Annual statistical returns and brief notes on vaccination in Bengal - 1896-1909
Year: 1896
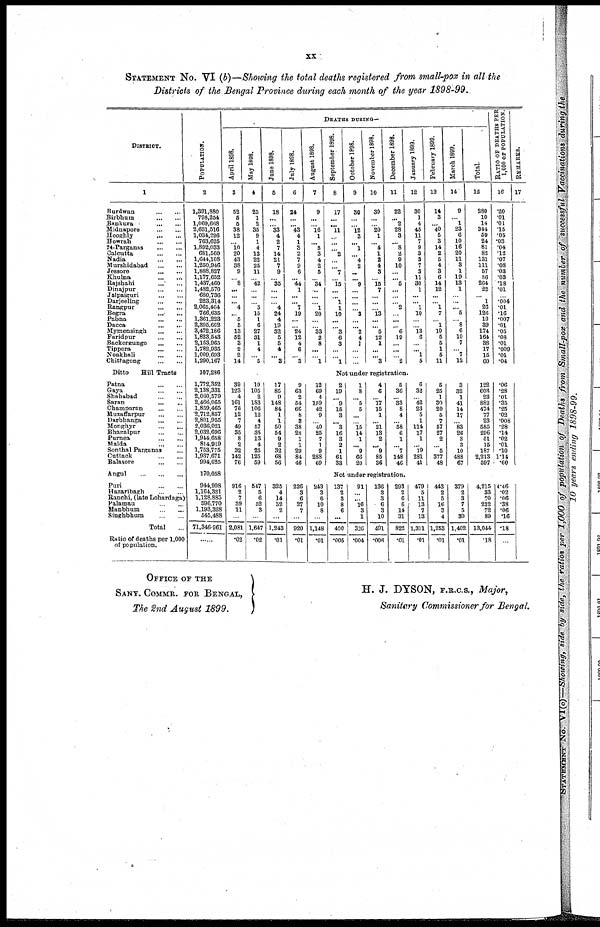
xx
STATEMENT No. VI (b)—Showing the total deaths registered from small-pox in all the
Districts of the Bengal Province during each month of the year 1898-99.
DISTRICT.
1
Burdwan
...
...
Birbhum
...
...
Bankura
...
...
Midnapore
...
...
Hooghly
...
...
Howrah
...
...
24-Parganas
...
...
Calcutta
...
...
Nadia
...
...
Murshidabad
...
...
Jessore
...
...
Khulna
...
...
Rajshahi
...
...
Dinajpur
...
...
Jalpaiguri
...
...
Darjeeling
...
...
Rangpur
...
...
Bogra
...
...
Pabna
...
...
Dacca
...
...
Mymensingh
...
...
Faridpur
...
...
Backergunge
...
...
Tippera
...
...
Noakhali
...
...
Chittagong
...
...
Ditto
Hill Tracts
Patna
...
...
Gaya ... ...
Shahabad
...
...
Saran
...
...
Champaran
...
...
Muzaffarpur
...
...
Darbhanga
...
...
Monghyr
...
...
Bhagalpur
...
...
Purnea
...
...
Malda
...
...
Sonthal Parganas ...
Cuttack
...
...
Balasore
...
...
Angul
...
...
...
Puri
...
...
Hazaribagh
...
...
Ranchi, (late Lohardaga)
Palamau
...
...
Manbhum
...
...
Singhbhum
...
...
Total ...
Ratio of deaths per 1,000
of population.
POPULATION.
2
1,391,880
798,254
1,069,668
2,631,516
1,034,296
763,625
1,892,033
681,560
1,644,108
1,250,946
1,888,827
1,177,652
1,437,460
1,482,570
680,736
223,314
2,065,464
766,635
1,361,223
2,395,602
3,472,186
1,823,543
2,153,965
1,782,935
1,009,693
1,290,167
107,286
1,772,352
2,138,331
2,060,579
2,466,065
1,859,465
2,712,857
2,801,955
2,036,021
2,032,696
1,944,658
814,919
1,753,775
1,937,671
994,625
170,058
944,998
1,164,321
1,128,885
596,770
1,193,328
545,488
71,346,961
......
DEATHS DURING—
April 1898.
3
52
5
5
38
12
...
10
20
43
38
9
...
8
...
...
... 4
... 5
5
13
52
3
2
2
14
May 1898.
4
25
1
2
35
9
1
4
13
22
25
11
...
42
...
...
...
5
15
1
6
27
31
1
4
...
5
June 1898.
5
18
...
...
33
4
2
7
14
21
7
9
...
35
...
...
...
4
24
4
19
32
5
5
4
...
3
July 1898.
6
24
...
...
43
4
1
3
2
7
9
6
...
44
1
...
...
7
19
...
...
24
12
4
6
...
3
August 1898.
7
9
...
...
16
1
... 5
3
4
2
5
...
34
...
...
...
1
20
...
...
33
2
8
...
...
1
September 1898.
8
17
...
...
11
...
...
...
2
...
...
7
...
15
...
...
1
1
10
...
...
3
6
3
...
...
1
October 1898.
9
30
...
...
12
3
...
1
...
4
2
...
...
9
...
...
...
...
3
...
...
2
4
1
...
...
...
November 1898.
10
30
...
...
20 1
...
4
1
2
4
3
...
15
7
...
...
...
13
...
... 5
12
1
...
... 3
December 1898.
11
22
...
2
28
3
...
8
2
9
10
...
...
5
...
...
...
2
...
...
...
6
19
...
...
...
2
January 1899.
12
30
1
4
45
11
7
9
3
3
7
3
11
30
1
...
... 1
10
...
...
13 6
...
... 1
5
February 1899.
13
14
3
... 40
5
3
14
2
5
4
3
6
14
12
...
...
1
7
...
1
10
5
5
1
5
11
March 1899.
14
9
...
1
23
6
10
16
20
11
3
1
19
13
1
...
...
... 5
...
8
6
10
7
...
7
12
Total.
15
280
10
14
344
59
24
81
82
131
111
57
36
264
22
...
1
26
126
10
39
174
164
38
17
15
60
RATIO OF DEATHS PER
1,000 OF POPULATION.
16
.20
.01
.01
.15
.05
.03
.04
.12
.07
.08
.03
.03
.18
.01
...
.004
.01
.16
.007
.01
.05
.08
.01
.009
.01
.04
Not under registration.
39
123
4
161
76
12
7
49
35
8
2
32
142
76
19
105
2
183
106
12
4
57
35
13
4
25
125
59
17
85
9
148
84
1
1
50
54
9
2
32
68
56
9
63
2
54
66
8
3
38
28
1
1
29
84
46
12
69
4
159
42
9
...
40
25
7
1
9
288
69
2
19
...
9
15
3
...
'"3
16
3
2
1
61
33
1
8
...
5
5
...
...
15
14
1
...
9
66
20
4
6
...
17
15
1
... 21
13
2
...
9
85
36
5
36
...
33
8
4
...
58
6
1
...
7
148
46
6
32
...
42
23
5
1
114
17
1
...
19
281
41
5
25
1
30
20
5
7
57
27
2
...
5
377
48
3
32
1
41
14
17
...
83
26
3
3
10
488
67
122
603
23
882
474
77
23
585
296
51
15
187
2,213
597
.06
.28
.01
.35
.25
.02
.008
.28
.14
.02
.01
.10
1.14
.60
Not under registration.
916
2
7
39
11
...
2,081
.02
547
5
6
52
3
...
1,647
.02
325
4
14
32
2
...
1,243
.01
226
3
6
27
7
...
920
.01
243
3
6
10
8
...
1,148
.01
137
2
3
8
6
...
400
.005
91
...
...
16
3
1
326
.004
136
3
3
6
3
10
491
.006
293
2
6
6
14
31
822
.01
479
5
11 13
7
13
1,311
.01
443
2
5
16
3
4
1,253
.01
379
2
3
7
5
30
1,402
.01
4,215
33
70
232
72
89
13,044
.18
4.46
.02
.06
.38
.06
.16
.18
...
REMARKS.
17
OFFICE OF THE
SANY. COMMR. FOR BENGAL,
The 2nd August 1899.
H. J. DYSON, F.R.C.S., Major,
Sanitary Commissioner for Bengal.